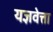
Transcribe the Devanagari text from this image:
यज्ञवेत्ता